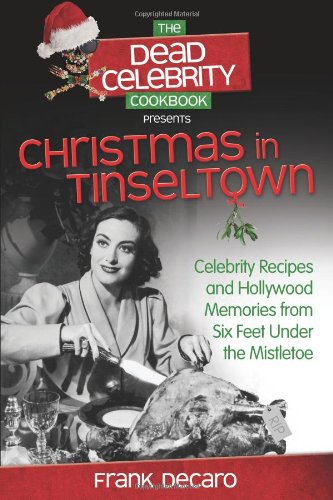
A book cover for The Dead Celebrity Cookbook Presents Christmas in Tinseltown: Celebrity Recipes and Hollywood Memories from Six Feet Under the Mistletoe; Frank DeCaro; Cookbooks, Food & Wine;